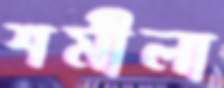
শর্মীলা